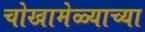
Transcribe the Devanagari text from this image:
चोखामेळ्याच्या